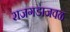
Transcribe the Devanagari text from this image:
राजगडाजवळ